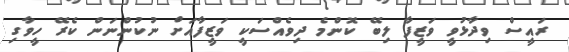
ރައީސް ވިދާޅުވީ ވަޒީފާ ލިބޭ ކޮންމެ ދިވެއްސަކީ ވަޒީފާއަށް ނުކުންނަން ކެރޭ ހީވާގި